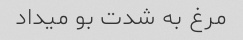
مرغ به شدت بو میداد